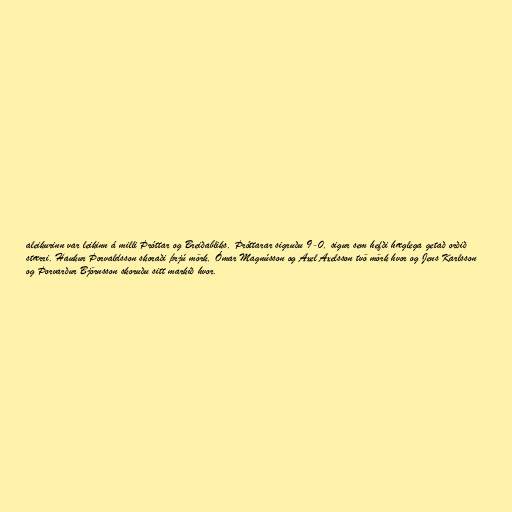
aleikurinn var leikinn á milli Þróttar og Breiðabliks. Þróttarar sigruðu 9-0, sigur sem hefði hæglega getað orðið
stærri. Haukur Þorvaldsson skoraði þrjú mörk, Ómar Magnússon og Axel Axelsson tvö mörk hvor og Jens Karlsson
og Þorvarður Björnsson skoruðu sitt markið hvor.